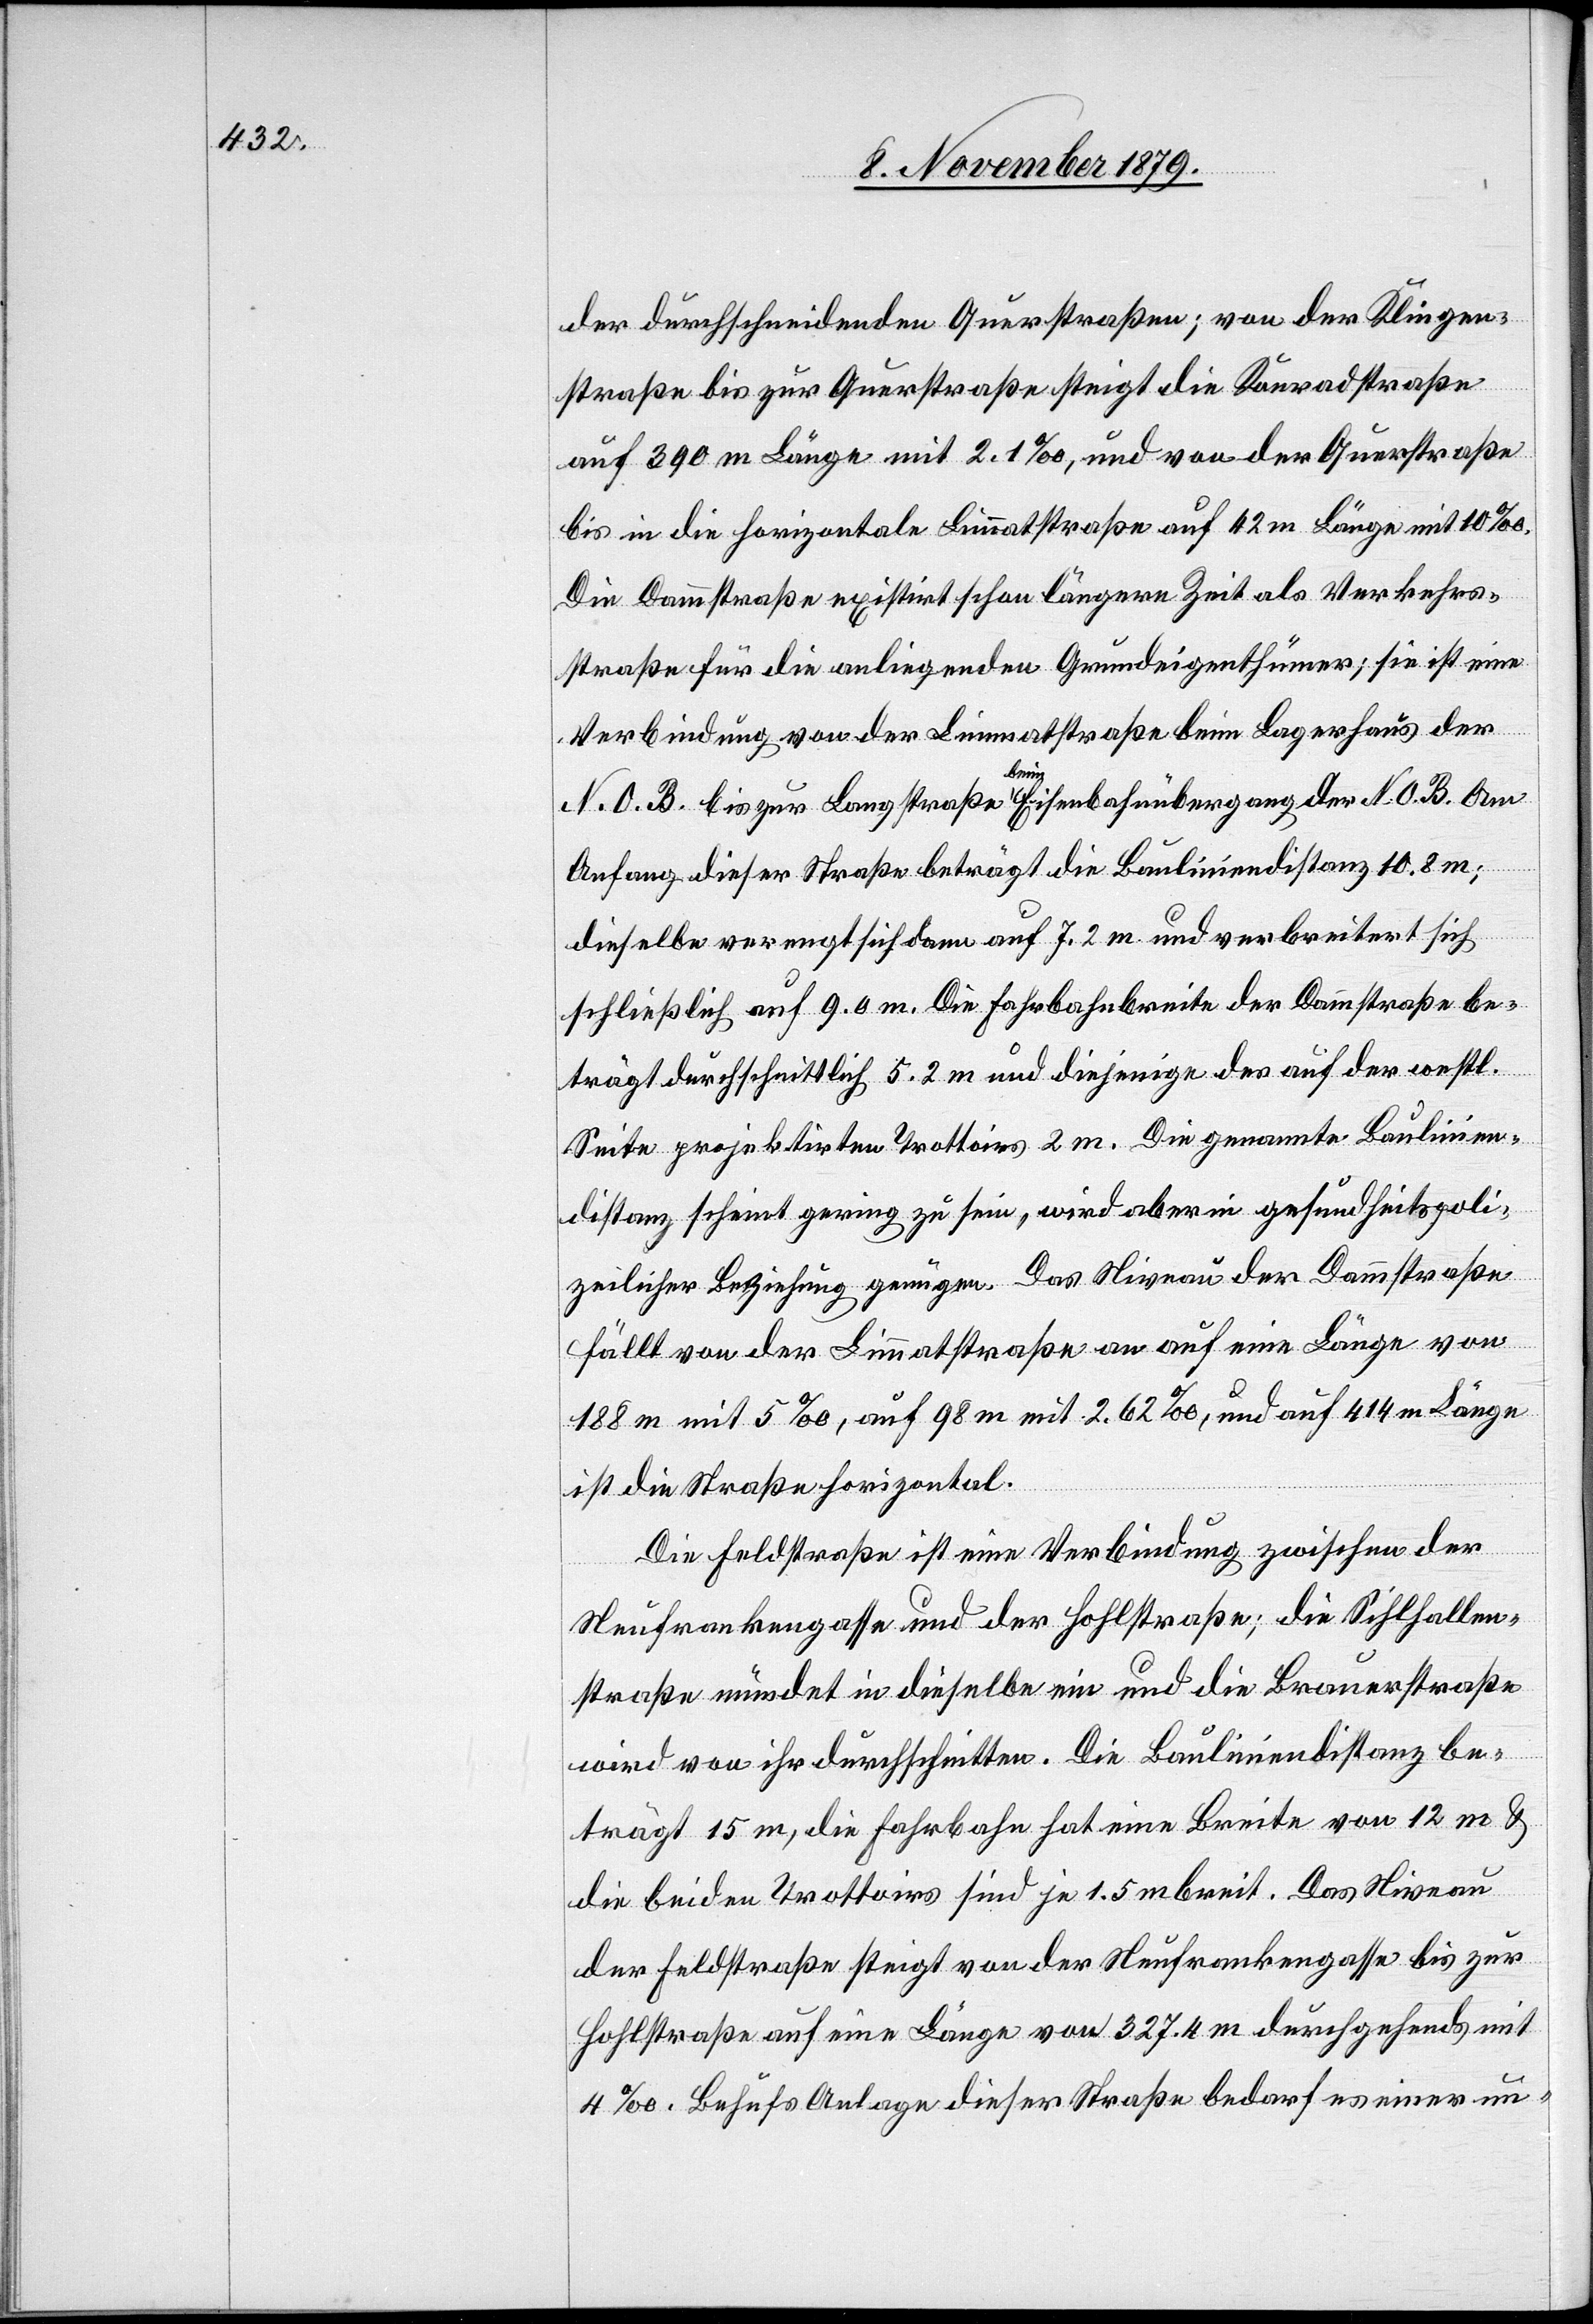
der durchschneidenden Querstraßen; von der Klingen¬
straße bis zu Querstraße steigt die Konradstraße
auf 390 m Länge mit 2.1%, und von der Querstraße
bis in die horizontale Limmatstraße auf 42 m Länge mit 10%.
Die Dammstraße existirt schon längere Zeit als Verkehrs¬
straße für die anliegenden Gemeindeeigenthümer; sie ist eine
Verbindung von der Limmatstraße beim Lagerhaus der
N. O. B bis zur Langstraße beim Eisenbahnübergang der N. O. B. Am
Anfang dieser Straße beträgt die Bauliniendistanz 10.8 m;
dieselbe verengt sich dann auf 7.2 m und verbreitert sich
schließlich auf 9.0 m. Die Fahrbahnbreite des auf der
Seite projektirten Trottoirs 2 m. Die genannte Baulinien¬
distanz scheint gering zu sein, wird aber in gesundheitspoli¬
zeilicher Beziehung genügen. Das Niveau der Dammstraße
fällt von der Limmatstraße an auf eine Länge von
188 m mit 5%, auf 98 m mit 2.62%, und auf 414 m Länge
ist die Straße horizontal.
Die Feldstraße ist eine Verbindung zwischen der
Neufrankengasse und der Hohlstraße; die Sihlhallen¬
straße mündet in dieselbe ein und die Brauerstraße
wird von ihr durchschnitten. Die Bauliniendistanz be¬
trägt 15 m, die Fahrbahn hat eine Breite von 12 m &
die beiden Trottoirs sind je 1.5 m breit. Das Niveau
der Feldstraße steigt von der Neufrankengasse bis zur
Hohlstraße auf eine Länge von 327.4 m durchgehend mit
4%. Behufs Anlage dieser Straße bedarf es einer un-